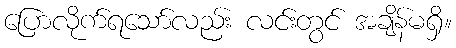
ပြောလိုက်ရသော်လည်း လင်းတွင် အချိန်မရှိ။